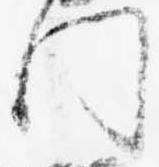
門